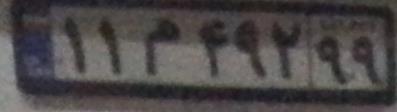
۱۱م۴۹۲۹۹